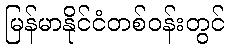
မြန်မာနိုင်ငံတစ်ဝန်းတွင်